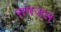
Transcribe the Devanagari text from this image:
समजल